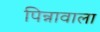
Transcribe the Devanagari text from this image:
पिन्नावाला